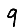
Digit: 9